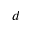
^ d